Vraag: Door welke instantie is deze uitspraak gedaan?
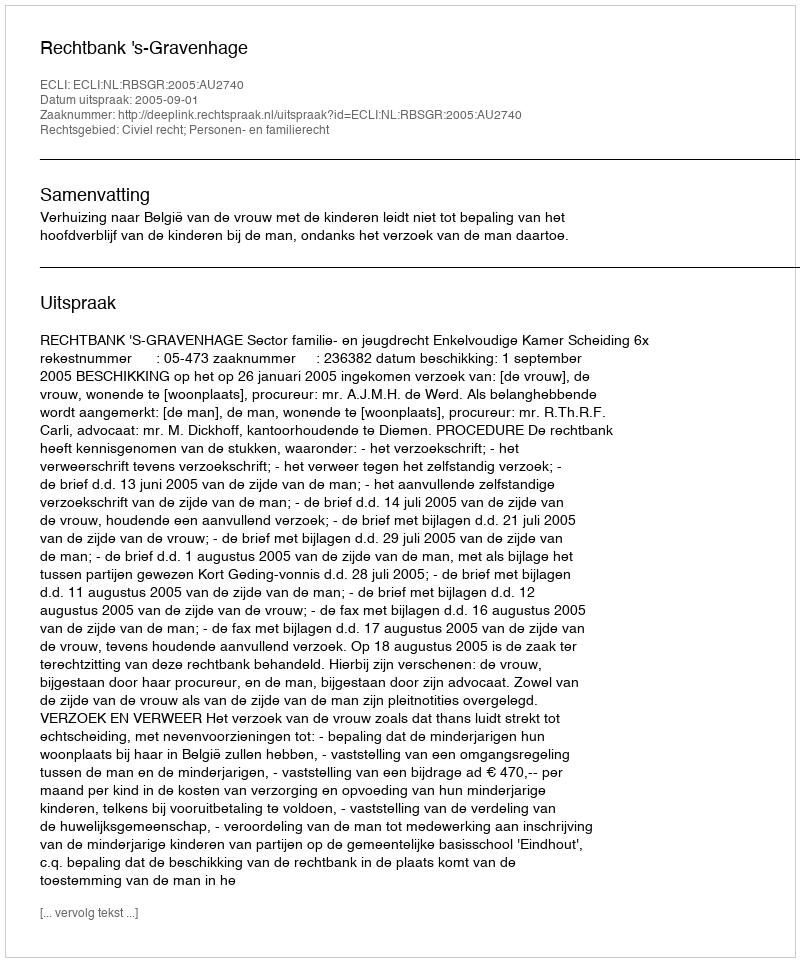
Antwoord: Rechtbank 's-Gravenhage